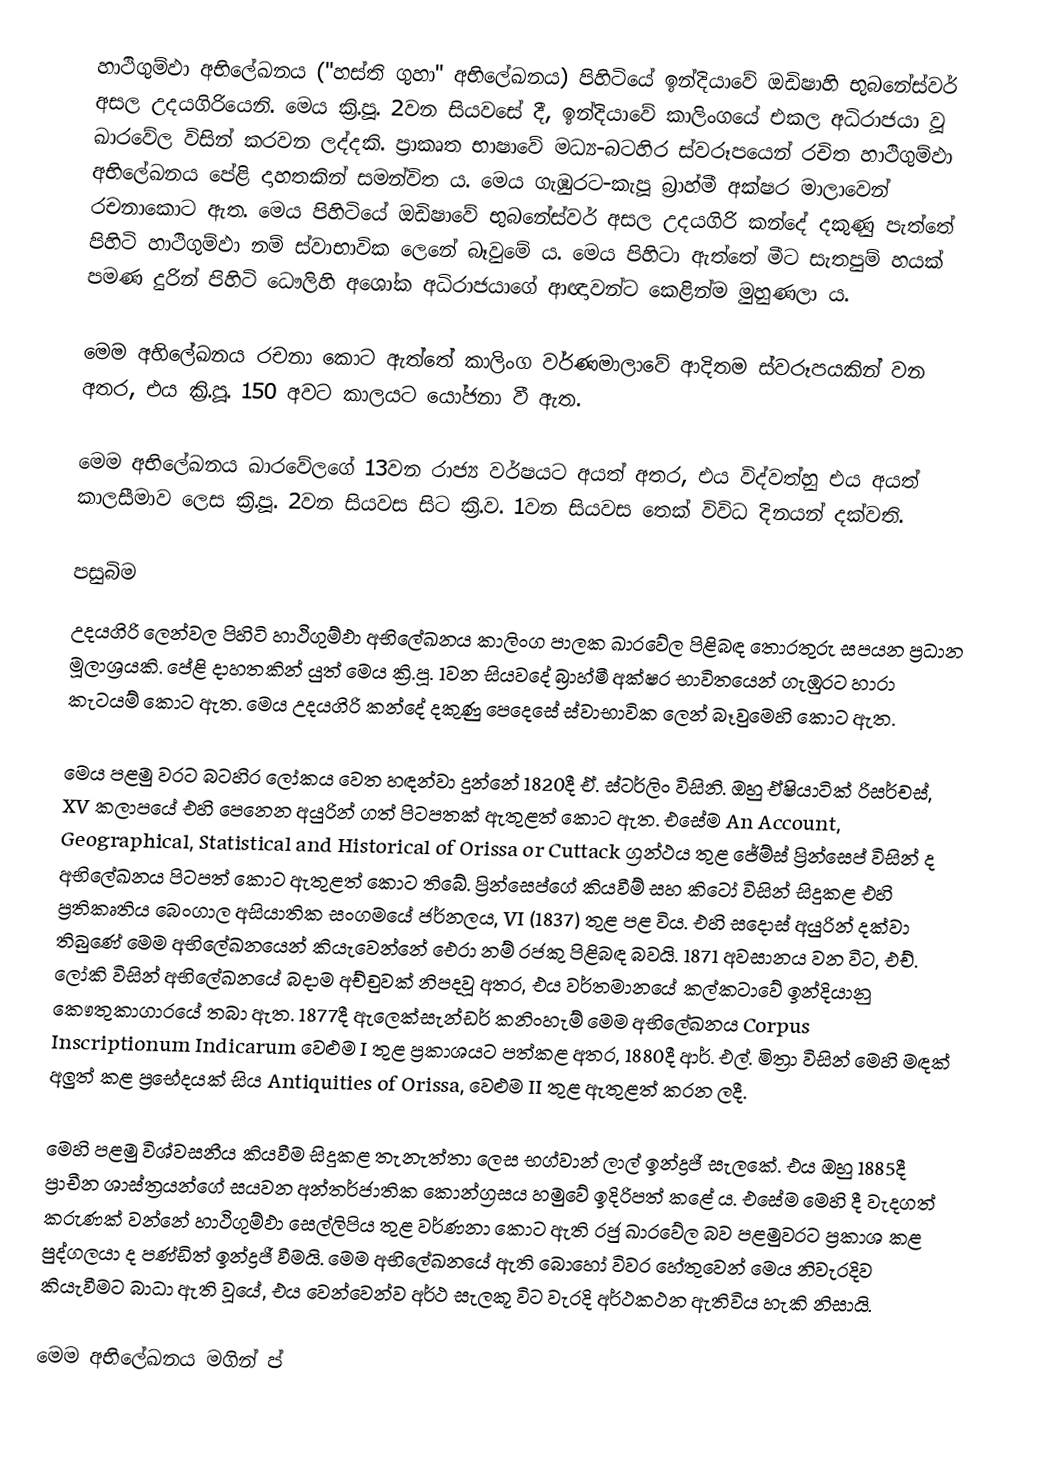
හාථිගුම්ඵා අභිලේඛනය ("හස්ති ගුහා" අභිලේඛනය) පිහිටියේ ඉන්දියාවේ ඔඩිෂාහි භුබනේස්වර් අසල උදයගිරියෙනි. මෙය ක්‍රි.පූ. 2වන සියවසේ දී, ඉන්දියාවේ කාලිංග‍යේ එකල අධිරාජයා වූ ඛාරවේල විසින් කරවන ලද්දකි. ප්‍රාකෘත භාෂාවේ මධ්‍ය-බටහිර ස්වරූපයෙන් රචිත හාථිගුම්ඵා අභිලේඛනය පේළි දාහතකින් සමන්විත ය. මෙය ගැඹුරට-කැපූ බ්‍රාහ්මී අක්ෂර මාලාවෙන් රචනාකොට ඇත. මෙය පිහිටියේ ඔඩිෂාවේ භුබනේස්වර් අසල උදයගිරි කන්දේ දකුණු පැත්තේ පිහිටි හාථිගුම්ඵා නම් ස්වාභාවික ලෙනේ බෑවුමේ ය. මෙය පිහිටා ඇත්තේ මීට සැතපුම් හයක් පමණ දුරින් පිහිටි ධෞලිහි අශෝක අධිරාජයාගේ ආඥාවන්ට කෙළින්ම මුහුණලා ය.

මෙම අභිලේඛනය රචනා කොට ඇත්තේ කාලිංග වර්ණමාලාවේ ආදිතම ස්වරූපයකින් වන අතර, එය ක්‍රි.පූ. 150 අවට කාලයට යෝජනා වී ඇත.

මෙම අභිලේඛනය ඛාරවේලගේ 13වන රාජ්‍ය වර්ෂයට අයත් අතර, එය විද්වත්හු එය අයත් කාලසීමාව ලෙස ක්‍රි.පූ. 2වන සියවස සිට ක්‍රි.ව. 1වන සියවස තෙක් විවිධ දිනයන් දක්වති.

පසුබිම
උදයගිරි ලෙන්වල පිහිටි හාථිගුම්ඵා අභිලේඛනය කාලිංග පාලක ඛාරවේල පිළිබඳ තොරතුරු සපයන ප්‍රධාන මූලාශ්‍රයකි. පේළි දාහතකින් යුත් මෙය ක්‍රි.පූ. 1වන සියවදේ බ්‍රාහ්මී අක්ෂර භාවිතයෙන් ගැඹුරට හාරා කැටයම් කොට ඇත. මෙය උදයගිරි කන්දේ දකුණු පෙදෙසේ ස්වාභාවික ලෙන් බෑවුමෙහි කොට ඇත.

මෙය පළමු වරට බටහිර ලෝකය වෙත හඳන්වා දුන්නේ 1820දී ඒ. ස්ටර්ලිං විසිනි. ඔහු ඒෂියාටික් රිසර්චස්, XV කලාපයේ එහි පෙනෙන අයුරින් ගත් පිටපතක් ඇතුළත් කොට ඇත. එසේම An Account, Geographical, Statistical and Historical of Orissa or Cuttack ග්‍රන්ථය තුළ ජේම්ස් ප්‍රින්සෙප් විසින් ද අභිලේඛනය පිටපත් කොට ඇතුළත් කොට තිබේ. ප්‍රින්සෙප්ගේ කියවීම් සහ කිටෝ විසින් සිදුකළ එහි ප්‍රතිකෘතිය බෙංගාල අසියාතික සංගමයේ ජර්නලය, VI (1837) තුළ පළ විය. එහි සදොස් අයුරින් දක්වා තිබුණේ මෙම අභිලේඛනයෙන් කියැවෙන්නේ ඓරා නම් රජකු පිළිබඳ බවයි. 1871 අවසානය වන විට, එච්. ලෝකි විසින් අභිලේඛනයේ බදාම අච්චුවක් නිපදවූ අතර, එය වර්තමානයේ කල්කටාවේ ඉන්දියානු කෞතුකාගාරයේ තබා ඇත. 1877දී ඇලෙක්සැන්ඩර් කනිංහැම් මෙම අභිලේඛනය Corpus Inscriptionum Indicarum වෙළුම I තුළ ප්‍රකාශයට පත්කළ අතර, 1880දී ආර්. එල්. මිත්‍රා විසින් මෙහි මඳක් අලුත් කළ ප්‍රභේදයක් සිය Antiquities of Orissa, වෙළුම II තුළ ඇතුළත් කරන ලදී.

මෙහි පළමු විශ්වසනීය කියවීම සිදුකළ තැනැත්තා ලෙස භග්වාන් ලාල් ඉන්ද්‍රජී සැලකේ. එය ඔහු 1885දී ප්‍රාචීන ශාස්ත්‍රයන්ගේ සයවන අන්තර්ජාතික කොන්ග්‍රසය හමුවේ ඉදිරිපත් කළේ ය. එසේම මෙහි දී වැදගත් කරුණක් වන්නේ හාථිගුම්ඵා සෙල්ලිපිය තුළ වර්ණනා කොට ඇති රජු ඛාරවේල බව පළමුවරට ප්‍රකාශ කළ පුද්ගලයා ද පණ්ඩිත් ඉන්ද්‍රජී වීමයි. මෙම අභිලේඛනයේ ඇති බොහෝ විවර හේතුවෙන් මෙය නිවැරදිව කියැවීමට බාධා ඇති වූයේ, එය වෙන්වෙන්ව අර්ථ සැලකූ විට වැරදි අර්ථකථන ඇතිවිය හැකි නිසායි.

මෙම අභිලේඛනය මගින් ප්